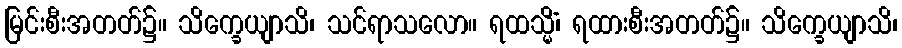
မြင်းစီးအတတ်၌။ သိက္ခေယျာသိ၊ သင်ရာသလော။ ရထသ္မိံ၊ ရထားစီးအတတ်၌။ သိက္ခေယျာသိ၊